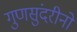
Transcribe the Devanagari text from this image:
गुणसुंदरीनो